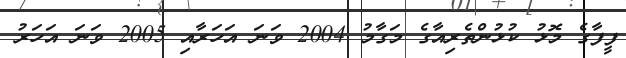
ފީފާގެ މޮޅު ކުޅުންތެރިއާގެ މަގާމު 2004 ވަނަ އަހަރާއި 2005 ވަނަ އަހަރު